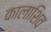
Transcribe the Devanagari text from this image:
कालाशिव